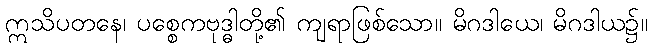
ဣသိပတနေ၊ ပစ္စေကဗုဒ္ဓါတို့၏ ကျရာဖြစ်သော။ မိဂဒါယေ၊ မိဂဒါယ၌။